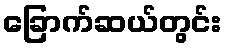
ခြောက်ဆယ်တွင်း